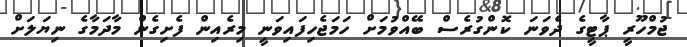
ޖުމްހޫރީ ޕާޓީގެ ދެވަނަ ކޮންގުރެސް ބޭއްވުމަށް ހަމަޖެހިފައިވަނީ މިރެއިން ފެށިގެން މާދަމާގެ ނިޔަލަށް